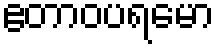
ဧတာဝပရမော